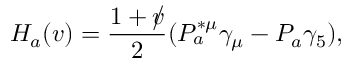
H _ { a } ( v ) = \frac { 1 + \rlap / v } { 2 } ( P _ { a } ^ { * \mu } \gamma _ { \mu } - P _ { a } \gamma _ { 5 } ) ,